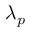
\lambda _ { p }